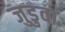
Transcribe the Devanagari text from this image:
जुडुवा